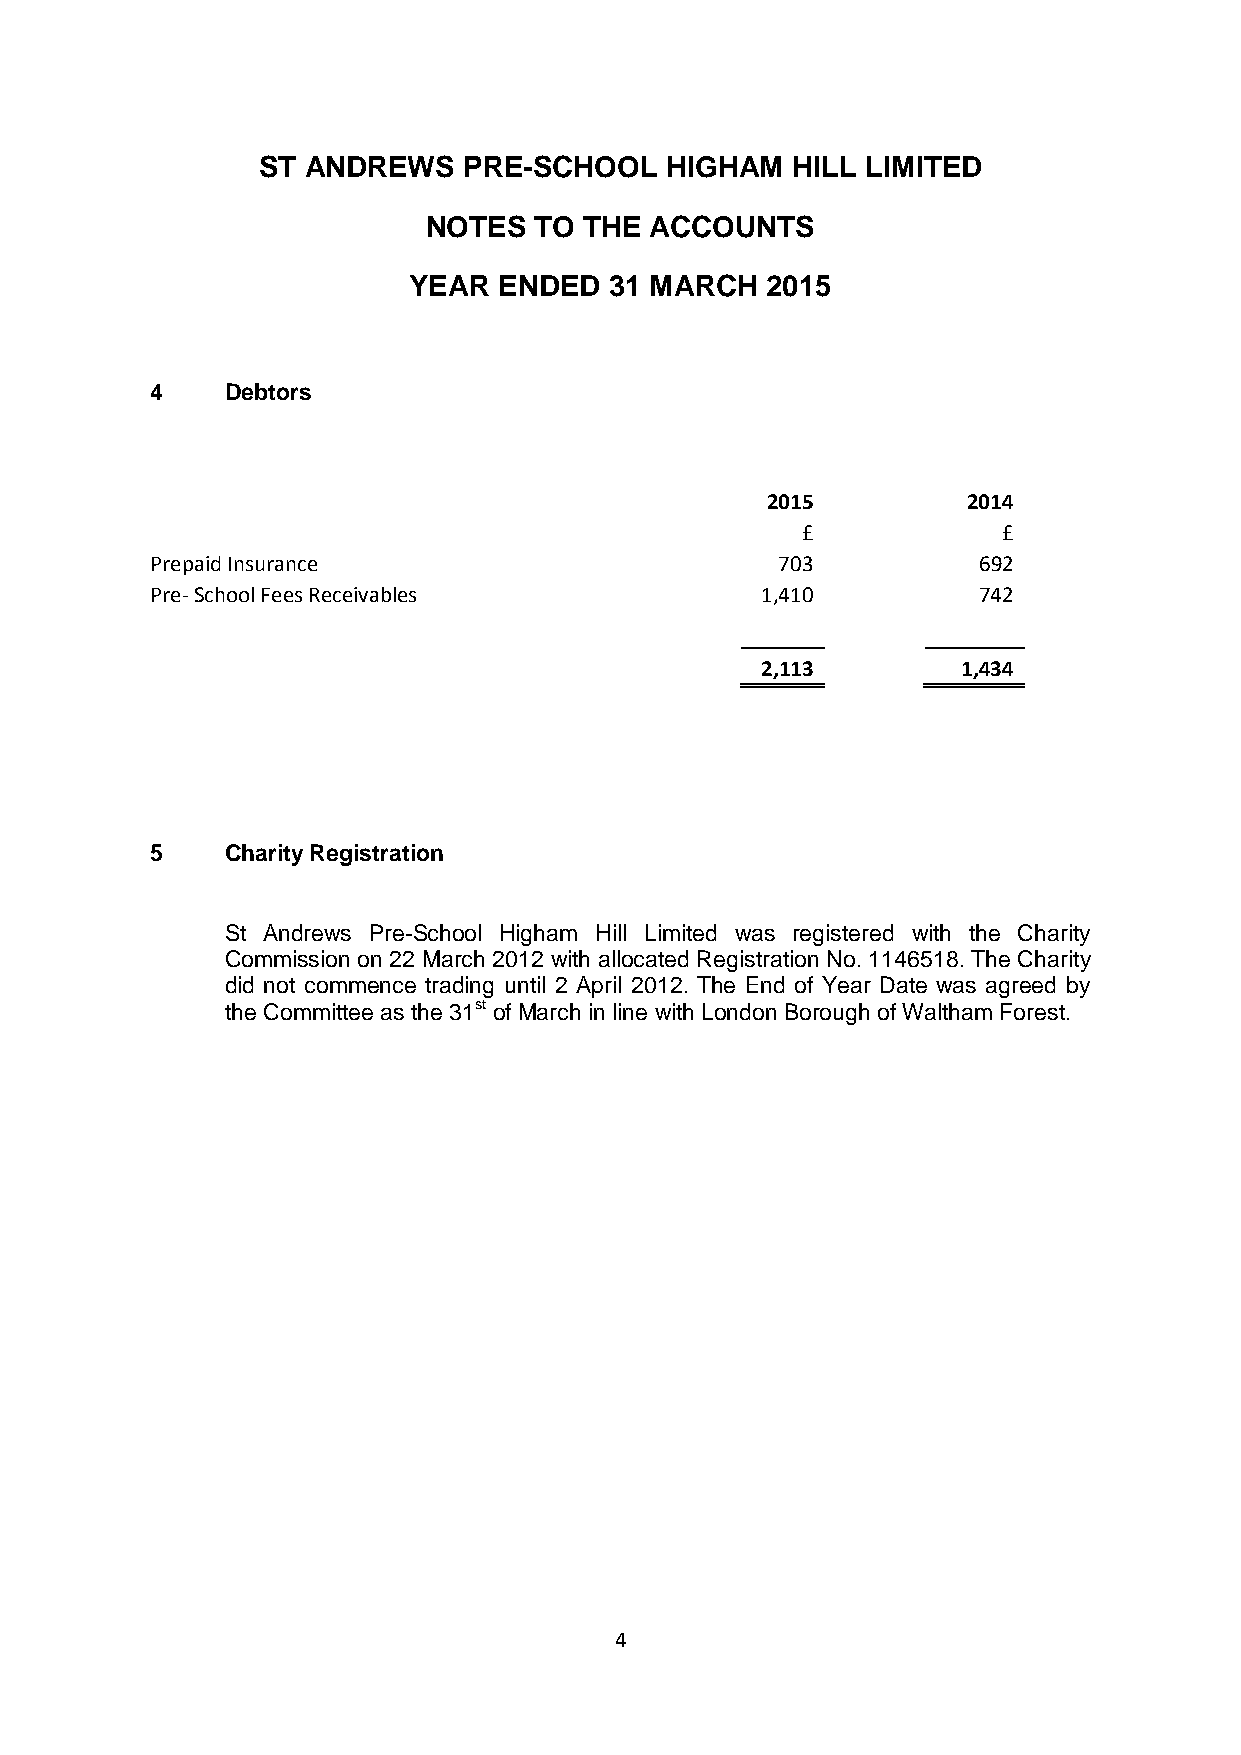
ST ANDREWS    PRE-SCHOOL   HIGHAM  HILL LIMITED
 NOTES  TO  THE ACCOUNTS
 YEAR  ENDED  31 MARCH   2015
 4    Debtors
 2015         2014
 £            £
 Prepaid Insurance                         703          692
 Pre-School Fees Receivables             1,410          742
 2,113         1,434
 5    Charity Registration
 St Andrews Pre-School Higham Hill Limited was registered with the Charity
 Commission on 22 March 2012 with allocated Registration No. 1146518. The Charity
 did not commence trading until 2 April 2012. The End of Year Date was agreed by
 the Committee as the 31st of March in line with London Borough of Waltham Forest.
 4